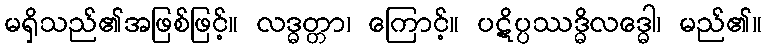
မရှိသည်၏အဖြစ်ဖြင့်။ လဒ္ဓတ္တာ၊ ကြောင့်။ ပဋိပ္ပဿဒ္ဓိလဒ္ဓေါ၊ မည်၏။